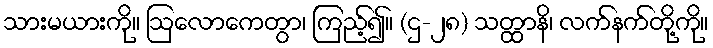
သားမယားကို။ ဩလောကေတွာ၊ ကြည့်၍။ (ဌ-၂၈) သတ္ထာနိ၊ လက်နက်တို့ကို။